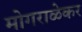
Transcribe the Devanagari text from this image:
मोगराळेकर